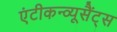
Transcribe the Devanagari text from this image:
एंटीकन्व्यूसैंट्स